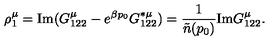
\rho _ { 1 } ^ { \mu } = \mathrm { I m } ( G _ { 1 2 2 } ^ { \mu } - e ^ { \beta p _ { 0 } } G _ { 1 2 2 } ^ { * \mu } ) = { \frac { 1 } { \tilde { n } ( p _ { 0 } ) } } \mathrm { I m } G _ { 1 2 2 } ^ { \mu } .